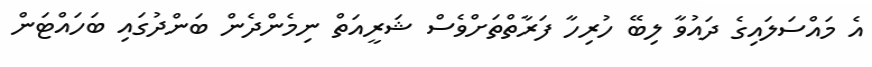
އެ މައްސަލައިގެ ދައުވާ ލިބޭ ހުރިހާ ފަރާތްތަށްވެސް ޝަރީއަތް ނިމެންދެން ބަންދުގައި ބަހައްޓަން